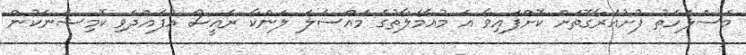
މަަސްލަހަތު ފުށުއަރާގޮތަށް ކޮށްފައިވާ އެ މުއާމަލާތުގެ މައްސަލަ ލަންކާ ރައީސް އުފެއްދެވި ކޮމިޝަނަކުން